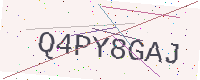
Text: Q4PY8GAJ